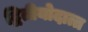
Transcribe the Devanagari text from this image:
द्वितीयोदात्त